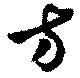
方